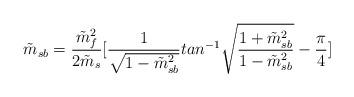
LaTeX: \begin{align*}\tilde{m}_{sb}={\frac {{\tilde{m}_f}^2}{2\tilde{m}_s}}[{\frac {1}{\sqrt{1-\tilde{m}_{sb}^2}}}tan^{-1}\sqrt{{\frac {1+\tilde{m}_{sb}^2}{1-\tilde{m}_{sb}^2}}}-{\frac {\pi}{4}}]\end{align*}